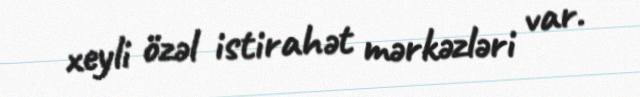
xeyli özəl istirahət mərkəzləri var.